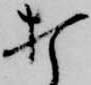
打